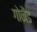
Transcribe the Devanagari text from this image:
गोनैड